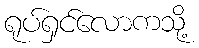
ရုပ်ရှင်လောကသို့